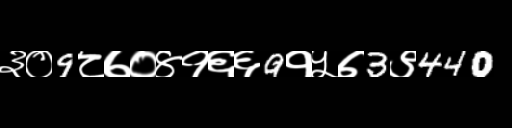
Text: ३०9८७०४१६६9१५७3९440